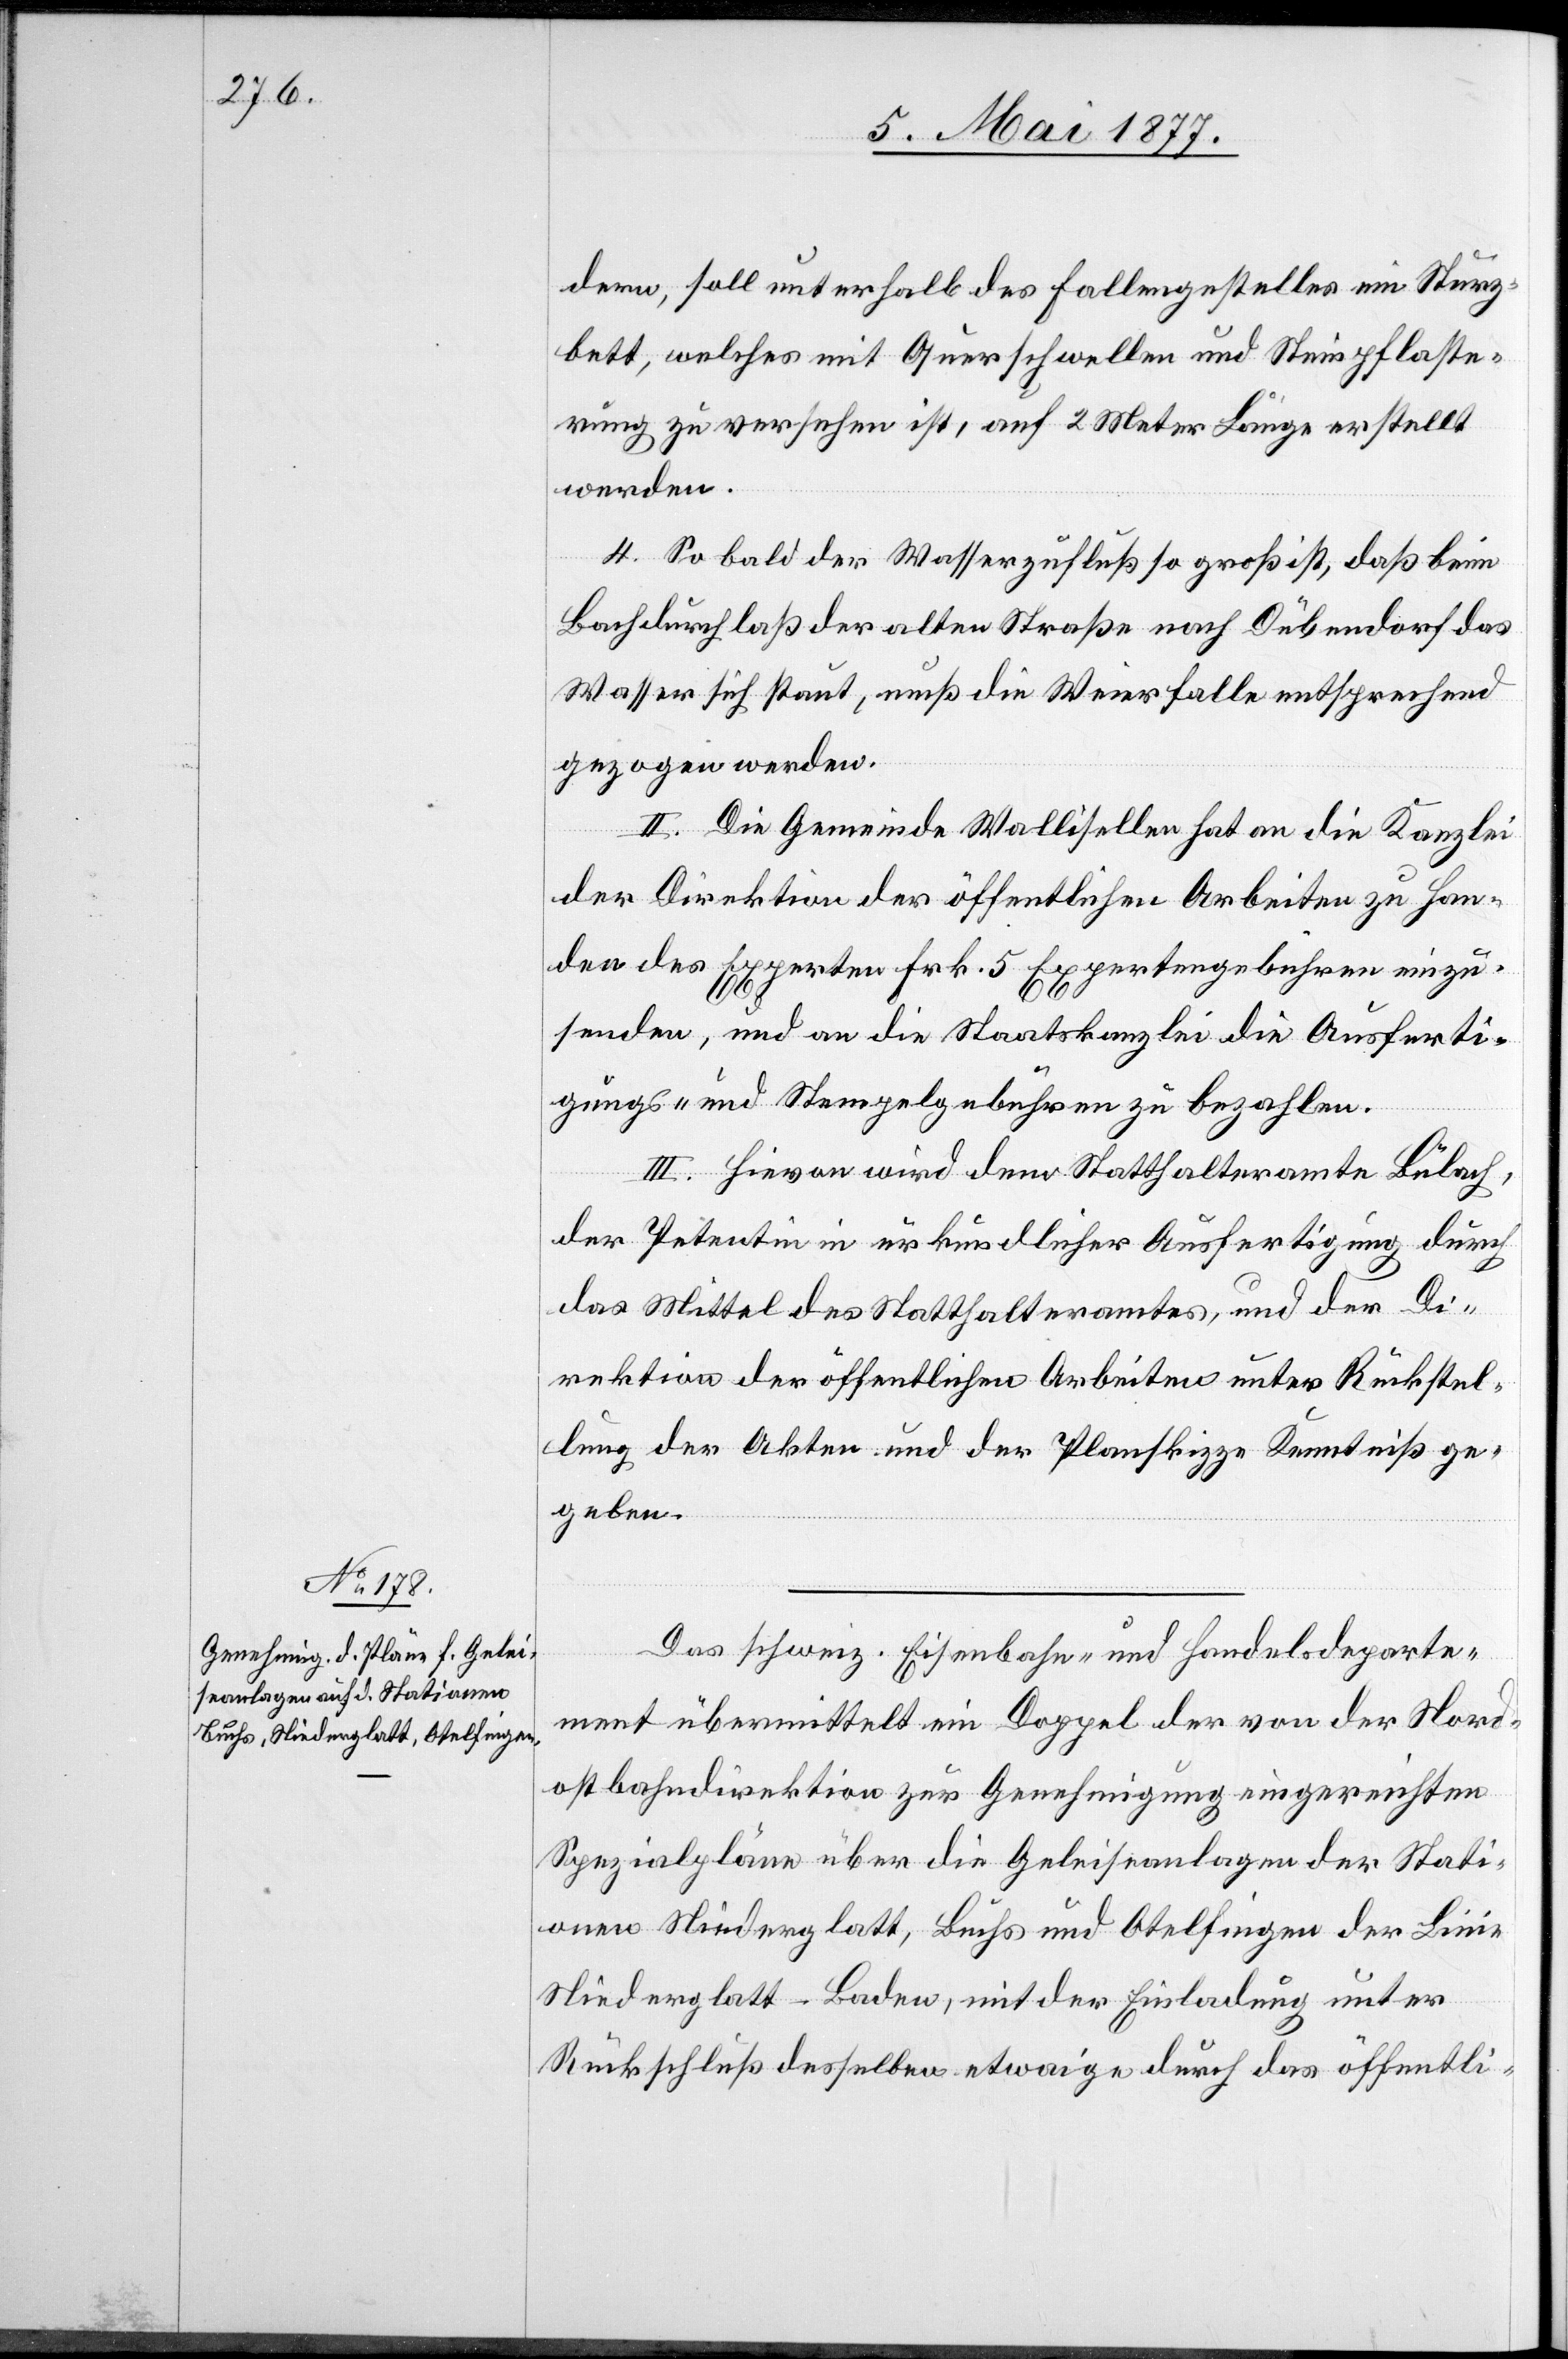
dern, soll unterhalb des Fallengestelles ein Sturz¬
bett, welches mit Querschwellen und Steinpflaste¬
rung zu versehen ist, auf 2 Meter Länge erstellt
werden.
4. Sobald der Wasserzufluß so groß ist, daß beim
Bachdurchlaß der alten Straße nach Dübendorf das
Wasser sich staut, muß die Weierfalle entsprechend
gezogen werden.
II. Die Gemeinde Wallisellen hat an die Kanzlei
der Direktion der öffentlichen Arbeiten zu Han¬
den des Experten Frk. 5 Expertengebühren einzu¬
senden, und an die Staatskanzlei die Ausferti¬
gungs- und Stempelgebühren zu bezahlen.
III. Hievon wird dem Statthalteramte Bülach,
der Petentin in urkundlicher Ausfertigung durch
das Mittel des Statthalteramtes, und der Di¬
rektion der öffentlichen Arbeiten unter Rückstel¬
lung der Akten und der Planskizze Kenntniß ge¬
geben.
Das schweiz. Eisenbahn- und Handelsdeparte¬
ment übermittelt ein Doppel der von der Nord¬
ostbahndirektion zur Genehmigung eingereichten
Spezialpläne über die Geleiseanlagen der Stati¬
onen Niederglatt, Buchs und Otelfingen der Linie
Niederglatt–Baden, mit der Einladung unter
Rückschluß desselben etwaige durch das öffentli-